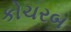
કોચરબ